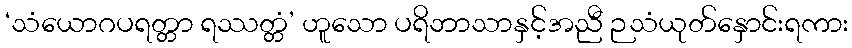
‘သံယောဂပရတ္တာ ရဿတ္တံ’ ဟူသော ပရိဘာသာနှင့်အညီ ဉသံယုတ်နှောင်းရကား